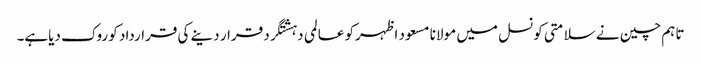
تاہم چین نے سلامتی کونسل میں مولانا مسعود اظہرکو عالمی دہشتگرد قرار دینے کی قرارداد کو روک دیاہے۔